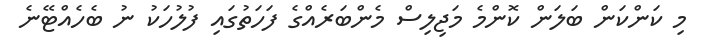
މި ކަންކަން ބަލަން ކޮންމެ މަޖިލިސް މެންބަރެއްގެ ފަހަތުގައި ފުލުހަކު ނު ބެހެއްޓޭނެ